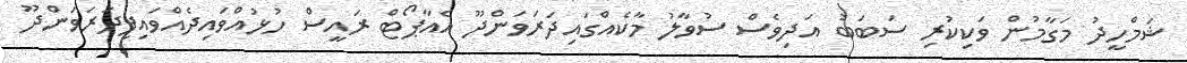
ޝަމްހީދު މަގާމުން ވަކިކުރި ސަބަބު އަދިވެސް ސުވާލު މާކެއްގައިދަރަވަންދޫ އެއާޕޯޓް ރައީސް ހުޅުއްވައިދެއްވައިފިދަރަވަންދޫ